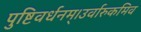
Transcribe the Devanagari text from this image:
पुष्टिवर्धनम्।उर्वारुकमिव